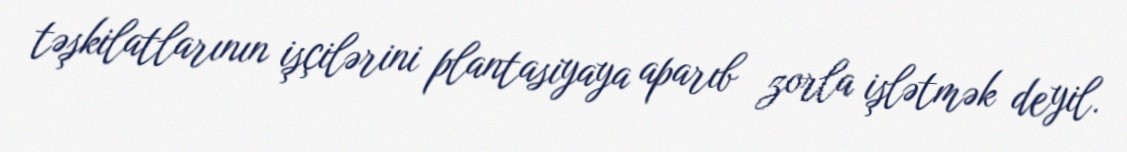
təşkilatlarının işçilərini plantasiyaya aparıb zorla işlətmək deyil.